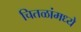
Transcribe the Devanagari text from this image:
चितळांमध्ये